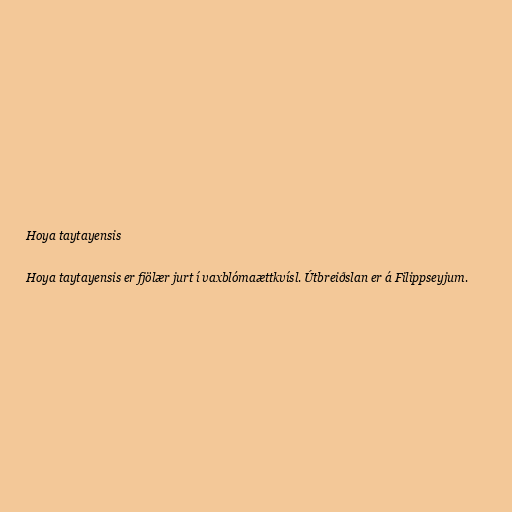
Hoya taytayensis

Hoya taytayensis er fjölær jurt í vaxblómaættkvísl. Útbreiðslan er á Filippseyjum.